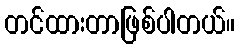
တင်ထားတာဖြစ်ပါတယ်။